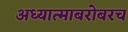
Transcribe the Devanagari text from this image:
अध्यात्माबरोबरच